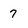
Character: 7